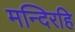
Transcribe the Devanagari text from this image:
मन्दिरहि